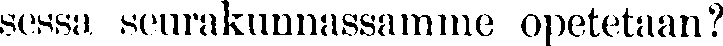
sessa seurakunnassamme opetetaan?